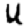
Digit: 4